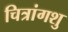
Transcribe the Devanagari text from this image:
चित्रांगशु